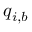
q _ { i , b }